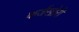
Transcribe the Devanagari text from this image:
कर्जखोरी